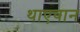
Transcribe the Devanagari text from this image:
थाएवान